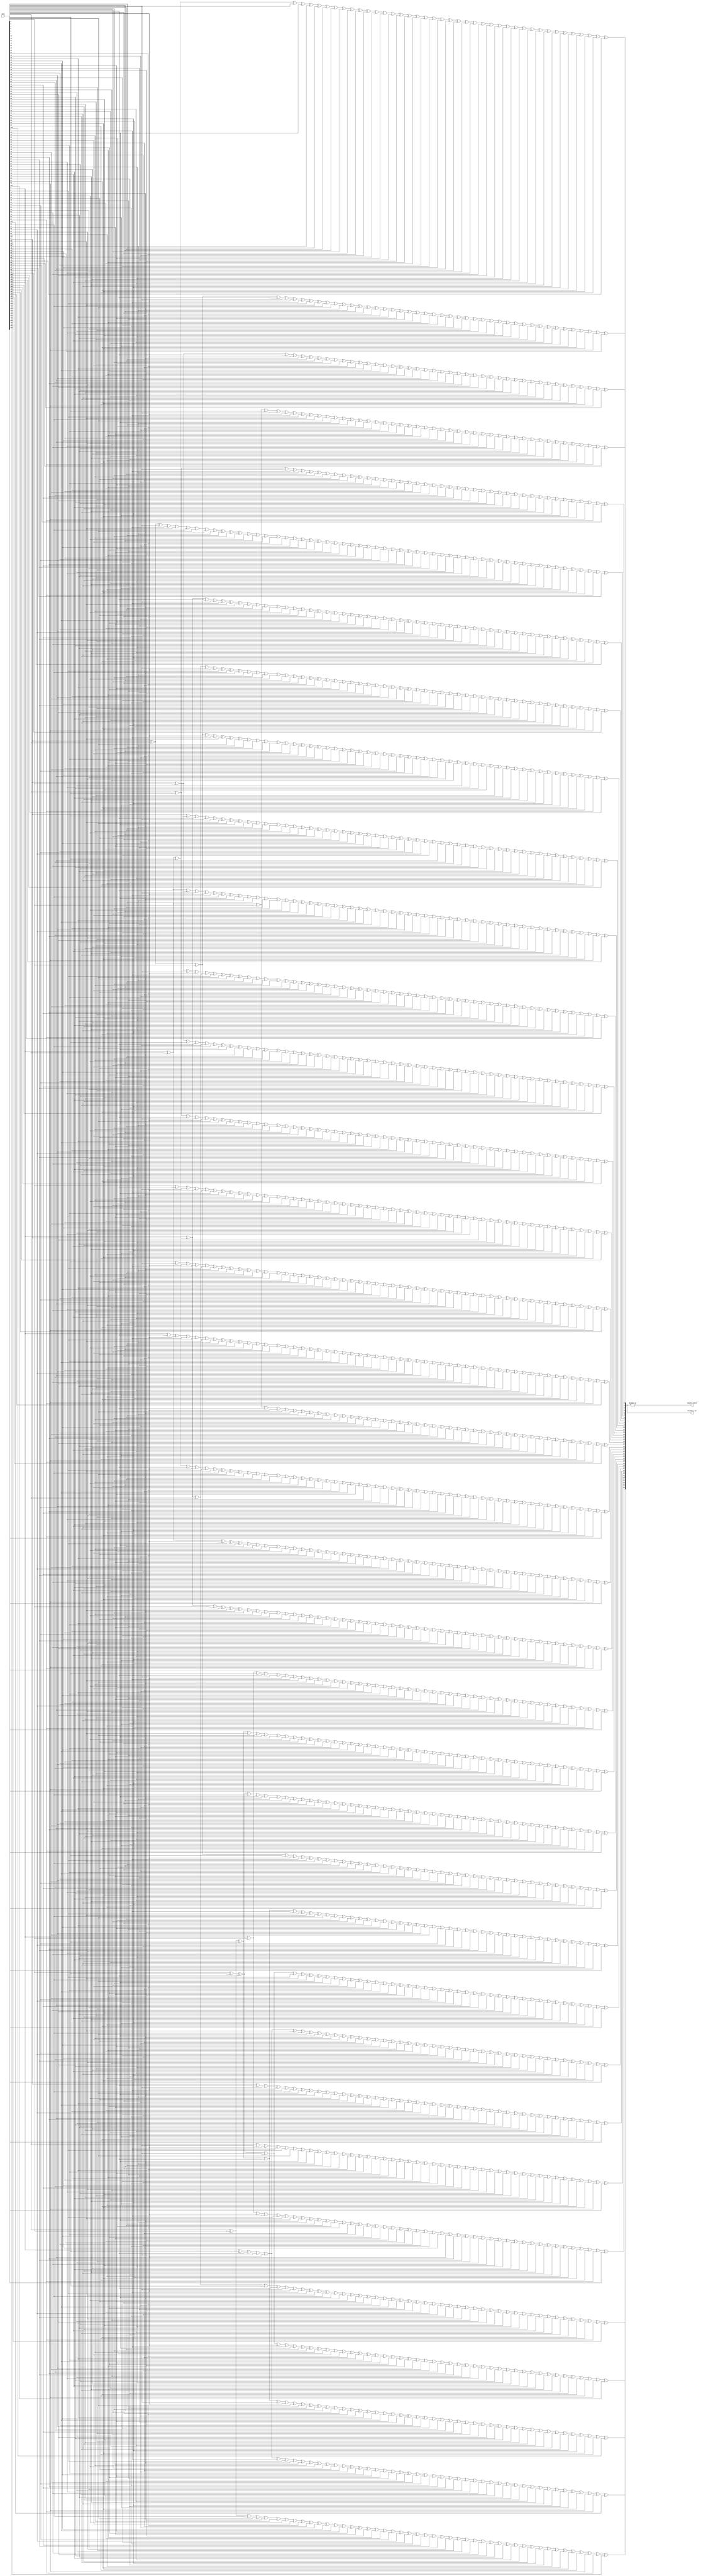
// *!***************************************************************************
// *! Copyright 2019 International Business Machines
// *!
// *! Licensed under the Apache License, Version 2.0 (the "License");
// *! you may not use this file except in compliance with the License.
// *! You may obtain a copy of the License at
// *! http://www.apache.org/licenses/LICENSE-2.0
// *!
// *! The patent license granted to you in Section 3 of the License, as applied
// *! to the "Work," hereby includes implementations of the Work in physical form.
// *!
// *! Unless required by applicable law or agreed to in writing, the reference design
// *! distributed under the License is distributed on an "AS IS" BASIS,
// *! WITHOUT WARRANTIES OR CONDITIONS OF ANY KIND, either express or implied.
// *! See the License for the specific language governing permissions and
// *! limitations under the License.
// *!
// *! The background Specification upon which this is based is managed by and available from
// *! the OpenCAPI Consortium.  More information can be found at https://opencapi.org.
// *!***************************************************************************
 
`timescale 1ns / 1ps



module ocx_dlx_crc16 (  
   data                     // < input  [127:0]
  ,checkbits_out            // > output
  ,nonzero_check            // > output 
);

input   [127:0]    data;
output  [35:0]     checkbits_out;
output             nonzero_check;

wire   [35:0]   temp_checkbits;


assign temp_checkbits[0] = data[1] ^ data[2] ^ data[3] ^ data[5] ^ data[6] ^ data[7] ^ data[8] ^ data[9] ^ data[10] ^ data[11] ^ data[12] ^ data[14] ^ data[15] ^ data[21] ^ data[26] ^ data[27] ^ data[28] ^ data[30] ^ data[34] ^ data[36] ^ data[39] ^ data[40] ^ data[42] ^ data[49] ^ data[51] ^ data[52] ^ data[58] ^ data[60] ^ data[62] ^ data[63] ^ data[66] ^ data[68] ^ data[69] ^ data[70] ^ data[71] ^ data[76] ^ data[77] ^ data[78] ^ data[82] ^ data[84] ^ data[87] ^ data[88] ^ data[90] ^ data[92];

assign temp_checkbits[1] = data[0] ^ data[2] ^ data[3] ^ data[4] ^ data[6] ^ data[7] ^ data[8] ^ data[9] ^ data[10] ^ data[11] ^ data[12] ^ data[13] ^ data[15] ^ data[16] ^ data[22] ^ data[27] ^ data[28] ^ data[29] ^ data[31] ^ data[35] ^ data[37] ^ data[40] ^ data[41] ^ data[43] ^ data[50] ^ data[52] ^ data[53] ^ data[59] ^ data[61] ^ data[63] ^ data[64] ^ data[67] ^ data[69] ^ data[70] ^ data[71] ^ data[72] ^ data[77] ^ data[78] ^ data[79] ^ data[83] ^ data[85] ^ data[88] ^ data[89] ^ data[91] ^ data[93];

assign temp_checkbits[2] = data[0] ^ data[2] ^ data[4] ^ data[6] ^ data[13] ^ data[15] ^ data[16] ^ data[17] ^ data[21] ^ data[23] ^ data[26] ^ data[27] ^ data[29] ^ data[32] ^ data[34] ^ data[38] ^ data[39] ^ data[40] ^ data[41] ^ data[44] ^ data[49] ^ data[52] ^ data[53] ^ data[54] ^ data[58] ^ data[63] ^ data[64] ^ data[65] ^ data[66] ^ data[69] ^ data[72] ^ data[73] ^ data[76] ^ data[77] ^ data[79] ^ data[80] ^ data[82] ^ data[86] ^ data[87] ^ data[88] ^ data[89] ^ data[94];

assign temp_checkbits[3] = data[1] ^ data[3] ^ data[5] ^ data[7] ^ data[14] ^ data[16] ^ data[17] ^ data[18] ^ data[22] ^ data[24] ^ data[27] ^ data[28] ^ data[30] ^ data[33] ^ data[35] ^ data[39] ^ data[40] ^ data[41] ^ data[42] ^ data[45] ^ data[50] ^ data[53] ^ data[54] ^ data[55] ^ data[59] ^ data[64] ^ data[65] ^ data[66] ^ data[67] ^ data[70] ^ data[73] ^ data[74] ^ data[77] ^ data[78] ^ data[80] ^ data[81] ^ data[83] ^ data[87] ^ data[88] ^ data[89] ^ data[90] ^ data[95];

assign temp_checkbits[4] = data[2] ^ data[4] ^ data[6] ^ data[8] ^ data[15] ^ data[17] ^ data[18] ^ data[19] ^ data[23] ^ data[25] ^ data[28] ^ data[29] ^ data[31] ^ data[34] ^ data[36] ^ data[40] ^ data[41] ^ data[42] ^ data[43] ^ data[46] ^ data[51] ^ data[54] ^ data[55] ^ data[56] ^ data[60] ^ data[65] ^ data[66] ^ data[67] ^ data[68] ^ data[71] ^ data[74] ^ data[75] ^ data[78] ^ data[79] ^ data[81] ^ data[82] ^ data[84] ^ data[88] ^ data[89] ^ data[90] ^ data[91] ^ data[96];

assign temp_checkbits[5] = data[1] ^ data[2] ^ data[6] ^ data[8] ^ data[10] ^ data[11] ^ data[12] ^ data[14] ^ data[15] ^ data[16] ^ data[18] ^ data[19] ^ data[20] ^ data[21] ^ data[24] ^ data[27] ^ data[28] ^ data[29] ^ data[32] ^ data[34] ^ data[35] ^ data[36] ^ data[37] ^ data[39] ^ data[40] ^ data[41] ^ data[43] ^ data[44] ^ data[47] ^ data[49] ^ data[51] ^ data[55] ^ data[56] ^ data[57] ^ data[58] ^ data[60] ^ data[61] ^ data[62] ^ data[63] ^ data[67] ^ data[70] ^ data[71] ^ data[72] ^ data[75] ^ data[77] ^ data[78] ^ data[79] ^ data[80] ^ data[83] ^ data[84] ^ data[85] ^ data[87] ^ data[88] ^ data[89] ^ data[91] ^ data[97];

assign temp_checkbits[6] = data[0] ^ data[1] ^ data[5] ^ data[6] ^ data[8] ^ data[10] ^ data[13] ^ data[14] ^ data[16] ^ data[17] ^ data[19] ^ data[20] ^ data[22] ^ data[25] ^ data[26] ^ data[27] ^ data[29] ^ data[33] ^ data[34] ^ data[35] ^ data[37] ^ data[38] ^ data[39] ^ data[41] ^ data[44] ^ data[45] ^ data[48] ^ data[49] ^ data[50] ^ data[51] ^ data[56] ^ data[57] ^ data[59] ^ data[60] ^ data[61] ^ data[64] ^ data[66] ^ data[69] ^ data[70] ^ data[72] ^ data[73] ^ data[77] ^ data[79] ^ data[80] ^ data[81] ^ data[82] ^ data[85] ^ data[86] ^ data[87] ^ data[89] ^ data[98];

assign temp_checkbits[7] = data[0] ^ data[1] ^ data[2] ^ data[6] ^ data[7] ^ data[9] ^ data[11] ^ data[14] ^ data[15] ^ data[17] ^ data[18] ^ data[20] ^ data[21] ^ data[23] ^ data[26] ^ data[27] ^ data[28] ^ data[30] ^ data[34] ^ data[35] ^ data[36] ^ data[38] ^ data[39] ^ data[40] ^ data[42] ^ data[45] ^ data[46] ^ data[49] ^ data[50] ^ data[51] ^ data[52] ^ data[57] ^ data[58] ^ data[60] ^ data[61] ^ data[62] ^ data[65] ^ data[67] ^ data[70] ^ data[71] ^ data[73] ^ data[74] ^ data[78] ^ data[80] ^ data[81] ^ data[82] ^ data[83] ^ data[86] ^ data[87] ^ data[88] ^ data[90] ^ data[99];

assign temp_checkbits[8] = data[1] ^ data[2] ^ data[3] ^ data[7] ^ data[8] ^ data[10] ^ data[12] ^ data[15] ^ data[16] ^ data[18] ^ data[19] ^ data[21] ^ data[22] ^ data[24] ^ data[27] ^ data[28] ^ data[29] ^ data[31] ^ data[35] ^ data[36] ^ data[37] ^ data[39] ^ data[40] ^ data[41] ^ data[43] ^ data[46] ^ data[47] ^ data[50] ^ data[51] ^ data[52] ^ data[53] ^ data[58] ^ data[59] ^ data[61] ^ data[62] ^ data[63] ^ data[66] ^ data[68] ^ data[71] ^ data[72] ^ data[74] ^ data[75] ^ data[79] ^ data[81] ^ data[82] ^ data[83] ^ data[84] ^ data[87] ^ data[88] ^ data[89] ^ data[91] ^ data[100];

assign temp_checkbits[9] = data[1] ^ data[4] ^ data[5] ^ data[6] ^ data[7] ^ data[10] ^ data[12] ^ data[13] ^ data[14] ^ data[15] ^ data[16] ^ data[17] ^ data[19] ^ data[20] ^ data[21] ^ data[22] ^ data[23] ^ data[25] ^ data[26] ^ data[27] ^ data[29] ^ data[32] ^ data[34] ^ data[37] ^ data[38] ^ data[39] ^ data[41] ^ data[44] ^ data[47] ^ data[48] ^ data[49] ^ data[53] ^ data[54] ^ data[58] ^ data[59] ^ data[64] ^ data[66] ^ data[67] ^ data[68] ^ data[70] ^ data[71] ^ data[72] ^ data[73] ^ data[75] ^ data[77] ^ data[78] ^ data[80] ^ data[83] ^ data[85] ^ data[87] ^ data[89] ^ data[101];

assign temp_checkbits[10] = data[0] ^ data[2] ^ data[5] ^ data[6] ^ data[7] ^ data[8] ^ data[11] ^ data[13] ^ data[14] ^ data[15] ^ data[16] ^ data[17] ^ data[18] ^ data[20] ^ data[21] ^ data[22] ^ data[23] ^ data[24] ^ data[26] ^ data[27] ^ data[28] ^ data[30] ^ data[33] ^ data[35] ^ data[38] ^ data[39] ^ data[40] ^ data[42] ^ data[45] ^ data[48] ^ data[49] ^ data[50] ^ data[54] ^ data[55] ^ data[59] ^ data[60] ^ data[65] ^ data[67] ^ data[68] ^ data[69] ^ data[71] ^ data[72] ^ data[73] ^ data[74] ^ data[76] ^ data[78] ^ data[79] ^ data[81] ^ data[84] ^ data[86] ^ data[88] ^ data[90] ^ data[102];

assign temp_checkbits[11] = data[1] ^ data[3] ^ data[6] ^ data[7] ^ data[8] ^ data[9] ^ data[12] ^ data[14] ^ data[15] ^ data[16] ^ data[17] ^ data[18] ^ data[19] ^ data[21] ^ data[22] ^ data[23] ^ data[24] ^ data[25] ^ data[27] ^ data[28] ^ data[29] ^ data[31] ^ data[34] ^ data[36] ^ data[39] ^ data[40] ^ data[41] ^ data[43] ^ data[46] ^ data[49] ^ data[50] ^ data[51] ^ data[55] ^ data[56] ^ data[60] ^ data[61] ^ data[66] ^ data[68] ^ data[69] ^ data[70] ^ data[72] ^ data[73] ^ data[74] ^ data[75] ^ data[77] ^ data[79] ^ data[80] ^ data[82] ^ data[85] ^ data[87] ^ data[89] ^ data[91] ^ data[103];

assign temp_checkbits[12] = data[1] ^ data[3] ^ data[4] ^ data[5] ^ data[6] ^ data[11] ^ data[12] ^ data[13] ^ data[14] ^ data[16] ^ data[17] ^ data[18] ^ data[19] ^ data[20] ^ data[21] ^ data[22] ^ data[23] ^ data[24] ^ data[25] ^ data[27] ^ data[29] ^ data[32] ^ data[34] ^ data[35] ^ data[36] ^ data[37] ^ data[39] ^ data[41] ^ data[44] ^ data[47] ^ data[49] ^ data[50] ^ data[56] ^ data[57] ^ data[58] ^ data[60] ^ data[61] ^ data[63] ^ data[66] ^ data[67] ^ data[68] ^ data[73] ^ data[74] ^ data[75] ^ data[77] ^ data[80] ^ data[81] ^ data[82] ^ data[83] ^ data[84] ^ data[86] ^ data[87] ^ data[104];

assign temp_checkbits[13] = data[2] ^ data[4] ^ data[5] ^ data[6] ^ data[7] ^ data[12] ^ data[13] ^ data[14] ^ data[15] ^ data[17] ^ data[18] ^ data[19] ^ data[20] ^ data[21] ^ data[22] ^ data[23] ^ data[24] ^ data[25] ^ data[26] ^ data[28] ^ data[30] ^ data[33] ^ data[35] ^ data[36] ^ data[37] ^ data[38] ^ data[40] ^ data[42] ^ data[45] ^ data[48] ^ data[50] ^ data[51] ^ data[57] ^ data[58] ^ data[59] ^ data[61] ^ data[62] ^ data[64] ^ data[67] ^ data[68] ^ data[69] ^ data[74] ^ data[75] ^ data[76] ^ data[78] ^ data[81] ^ data[82] ^ data[83] ^ data[84] ^ data[85] ^ data[87] ^ data[88] ^ data[105];

assign temp_checkbits[14] = data[3] ^ data[5] ^ data[6] ^ data[7] ^ data[8] ^ data[13] ^ data[14] ^ data[15] ^ data[16] ^ data[18] ^ data[19] ^ data[20] ^ data[21] ^ data[22] ^ data[23] ^ data[24] ^ data[25] ^ data[26] ^ data[27] ^ data[29] ^ data[31] ^ data[34] ^ data[36] ^ data[37] ^ data[38] ^ data[39] ^ data[41] ^ data[43] ^ data[46] ^ data[49] ^ data[51] ^ data[52] ^ data[58] ^ data[59] ^ data[60] ^ data[62] ^ data[63] ^ data[65] ^ data[68] ^ data[69] ^ data[70] ^ data[75] ^ data[76] ^ data[77] ^ data[79] ^ data[82] ^ data[83] ^ data[84] ^ data[85] ^ data[86] ^ data[88] ^ data[89] ^ data[106];

assign temp_checkbits[15] = data[4] ^ data[6] ^ data[7] ^ data[8] ^ data[9] ^ data[14] ^ data[15] ^ data[16] ^ data[17] ^ data[19] ^ data[20] ^ data[21] ^ data[22] ^ data[23] ^ data[24] ^ data[25] ^ data[26] ^ data[27] ^ data[28] ^ data[30] ^ data[32] ^ data[35] ^ data[37] ^ data[38] ^ data[39] ^ data[40] ^ data[42] ^ data[44] ^ data[47] ^ data[50] ^ data[52] ^ data[53] ^ data[59] ^ data[60] ^ data[61] ^ data[63] ^ data[64] ^ data[66] ^ data[69] ^ data[70] ^ data[71] ^ data[76] ^ data[77] ^ data[78] ^ data[80] ^ data[83] ^ data[84] ^ data[85] ^ data[86] ^ data[87] ^ data[89] ^ data[90] ^ data[107];

assign temp_checkbits[16] = data[0] ^ data[5] ^ data[7] ^ data[8] ^ data[9] ^ data[10] ^ data[15] ^ data[16] ^ data[17] ^ data[18] ^ data[20] ^ data[21] ^ data[22] ^ data[23] ^ data[24] ^ data[25] ^ data[26] ^ data[27] ^ data[28] ^ data[29] ^ data[31] ^ data[33] ^ data[36] ^ data[38] ^ data[39] ^ data[40] ^ data[41] ^ data[43] ^ data[45] ^ data[48] ^ data[51] ^ data[53] ^ data[54] ^ data[60] ^ data[61] ^ data[62] ^ data[64] ^ data[65] ^ data[67] ^ data[70] ^ data[71] ^ data[72] ^ data[77] ^ data[78] ^ data[79] ^ data[81] ^ data[84] ^ data[85] ^ data[86] ^ data[87] ^ data[88] ^ data[90] ^ data[91] ^ data[108];

assign temp_checkbits[17] = data[0] ^ data[2] ^ data[3] ^ data[5] ^ data[7] ^ data[12] ^ data[14] ^ data[15] ^ data[16] ^ data[17] ^ data[18] ^ data[19] ^ data[22] ^ data[23] ^ data[24] ^ data[25] ^ data[29] ^ data[32] ^ data[36] ^ data[37] ^ data[41] ^ data[44] ^ data[46] ^ data[51] ^ data[54] ^ data[55] ^ data[58] ^ data[60] ^ data[61] ^ data[65] ^ data[69] ^ data[70] ^ data[72] ^ data[73] ^ data[76] ^ data[77] ^ data[79] ^ data[80] ^ data[84] ^ data[85] ^ data[86] ^ data[89] ^ data[90] ^ data[91] ^ data[109];

assign temp_checkbits[18] = data[0] ^ data[2] ^ data[4] ^ data[5] ^ data[7] ^ data[9] ^ data[10] ^ data[11] ^ data[12] ^ data[13] ^ data[14] ^ data[16] ^ data[17] ^ data[18] ^ data[19] ^ data[20] ^ data[21] ^ data[23] ^ data[24] ^ data[25] ^ data[27] ^ data[28] ^ data[33] ^ data[34] ^ data[36] ^ data[37] ^ data[38] ^ data[39] ^ data[40] ^ data[45] ^ data[47] ^ data[49] ^ data[51] ^ data[55] ^ data[56] ^ data[58] ^ data[59] ^ data[60] ^ data[61] ^ data[63] ^ data[68] ^ data[69] ^ data[73] ^ data[74] ^ data[76] ^ data[80] ^ data[81] ^ data[82] ^ data[84] ^ data[85] ^ data[86] ^ data[88] ^ data[91] ^ data[110];

assign temp_checkbits[19] = data[0] ^ data[2] ^ data[7] ^ data[9] ^ data[13] ^ data[17] ^ data[18] ^ data[19] ^ data[20] ^ data[22] ^ data[24] ^ data[25] ^ data[27] ^ data[29] ^ data[30] ^ data[35] ^ data[36] ^ data[37] ^ data[38] ^ data[41] ^ data[42] ^ data[46] ^ data[48] ^ data[49] ^ data[50] ^ data[51] ^ data[56] ^ data[57] ^ data[58] ^ data[59] ^ data[61] ^ data[63] ^ data[64] ^ data[66] ^ data[68] ^ data[71] ^ data[74] ^ data[75] ^ data[76] ^ data[78] ^ data[81] ^ data[83] ^ data[84] ^ data[85] ^ data[86] ^ data[88] ^ data[89] ^ data[90] ^ data[111];

assign temp_checkbits[20] = data[0] ^ data[1] ^ data[3] ^ data[8] ^ data[10] ^ data[14] ^ data[18] ^ data[19] ^ data[20] ^ data[21] ^ data[23] ^ data[25] ^ data[26] ^ data[28] ^ data[30] ^ data[31] ^ data[36] ^ data[37] ^ data[38] ^ data[39] ^ data[42] ^ data[43] ^ data[47] ^ data[49] ^ data[50] ^ data[51] ^ data[52] ^ data[57] ^ data[58] ^ data[59] ^ data[60] ^ data[62] ^ data[64] ^ data[65] ^ data[67] ^ data[69] ^ data[72] ^ data[75] ^ data[76] ^ data[77] ^ data[79] ^ data[82] ^ data[84] ^ data[85] ^ data[86] ^ data[87] ^ data[89] ^ data[90] ^ data[91] ^ data[112];

assign temp_checkbits[21] = data[0] ^ data[3] ^ data[4] ^ data[5] ^ data[6] ^ data[7] ^ data[8] ^ data[10] ^ data[12] ^ data[14] ^ data[19] ^ data[20] ^ data[22] ^ data[24] ^ data[28] ^ data[29] ^ data[30] ^ data[31] ^ data[32] ^ data[34] ^ data[36] ^ data[37] ^ data[38] ^ data[42] ^ data[43] ^ data[44] ^ data[48] ^ data[49] ^ data[50] ^ data[53] ^ data[59] ^ data[61] ^ data[62] ^ data[65] ^ data[69] ^ data[71] ^ data[73] ^ data[80] ^ data[82] ^ data[83] ^ data[84] ^ data[85] ^ data[86] ^ data[91] ^ data[113];

assign temp_checkbits[22] = data[2] ^ data[3] ^ data[4] ^ data[10] ^ data[12] ^ data[13] ^ data[14] ^ data[20] ^ data[23] ^ data[25] ^ data[26] ^ data[27] ^ data[28] ^ data[29] ^ data[31] ^ data[32] ^ data[33] ^ data[34] ^ data[35] ^ data[36] ^ data[37] ^ data[38] ^ data[40] ^ data[42] ^ data[43] ^ data[44] ^ data[45] ^ data[50] ^ data[52] ^ data[54] ^ data[58] ^ data[68] ^ data[69] ^ data[71] ^ data[72] ^ data[74] ^ data[76] ^ data[77] ^ data[78] ^ data[81] ^ data[82] ^ data[83] ^ data[85] ^ data[86] ^ data[88] ^ data[90] ^ data[114];

assign temp_checkbits[23] = data[3] ^ data[4] ^ data[5] ^ data[11] ^ data[13] ^ data[14] ^ data[15] ^ data[21] ^ data[24] ^ data[26] ^ data[27] ^ data[28] ^ data[29] ^ data[30] ^ data[32] ^ data[33] ^ data[34] ^ data[35] ^ data[36] ^ data[37] ^ data[38] ^ data[39] ^ data[41] ^ data[43] ^ data[44] ^ data[45] ^ data[46] ^ data[51] ^ data[53] ^ data[55] ^ data[59] ^ data[69] ^ data[70] ^ data[72] ^ data[73] ^ data[75] ^ data[77] ^ data[78] ^ data[79] ^ data[82] ^ data[83] ^ data[84] ^ data[86] ^ data[87] ^ data[89] ^ data[91] ^ data[115];

assign temp_checkbits[24] = data[1] ^ data[2] ^ data[3] ^ data[4] ^ data[7] ^ data[8] ^ data[9] ^ data[10] ^ data[11] ^ data[16] ^ data[21] ^ data[22] ^ data[25] ^ data[26] ^ data[29] ^ data[31] ^ data[33] ^ data[35] ^ data[37] ^ data[38] ^ data[44] ^ data[45] ^ data[46] ^ data[47] ^ data[49] ^ data[51] ^ data[54] ^ data[56] ^ data[58] ^ data[62] ^ data[63] ^ data[66] ^ data[68] ^ data[69] ^ data[73] ^ data[74] ^ data[77] ^ data[79] ^ data[80] ^ data[82] ^ data[83] ^ data[85] ^ data[116];

assign temp_checkbits[25] = data[2] ^ data[3] ^ data[4] ^ data[5] ^ data[8] ^ data[9] ^ data[10] ^ data[11] ^ data[12] ^ data[17] ^ data[22] ^ data[23] ^ data[26] ^ data[27] ^ data[30] ^ data[32] ^ data[34] ^ data[36] ^ data[38] ^ data[39] ^ data[45] ^ data[46] ^ data[47] ^ data[48] ^ data[50] ^ data[52] ^ data[55] ^ data[57] ^ data[59] ^ data[63] ^ data[64] ^ data[67] ^ data[69] ^ data[70] ^ data[74] ^ data[75] ^ data[78] ^ data[80] ^ data[81] ^ data[83] ^ data[84] ^ data[86] ^ data[117];

assign temp_checkbits[26] = data[3] ^ data[4] ^ data[5] ^ data[6] ^ data[9] ^ data[10] ^ data[11] ^ data[12] ^ data[13] ^ data[18] ^ data[23] ^ data[24] ^ data[27] ^ data[28] ^ data[31] ^ data[33] ^ data[35] ^ data[37] ^ data[39] ^ data[40] ^ data[46] ^ data[47] ^ data[48] ^ data[49] ^ data[51] ^ data[53] ^ data[56] ^ data[58] ^ data[60] ^ data[64] ^ data[65] ^ data[68] ^ data[70] ^ data[71] ^ data[75] ^ data[76] ^ data[79] ^ data[81] ^ data[82] ^ data[84] ^ data[85] ^ data[87] ^ data[118];

assign temp_checkbits[27] = data[0] ^ data[4] ^ data[5] ^ data[6] ^ data[7] ^ data[10] ^ data[11] ^ data[12] ^ data[13] ^ data[14] ^ data[19] ^ data[24] ^ data[25] ^ data[28] ^ data[29] ^ data[32] ^ data[34] ^ data[36] ^ data[38] ^ data[40] ^ data[41] ^ data[47] ^ data[48] ^ data[49] ^ data[50] ^ data[52] ^ data[54] ^ data[57] ^ data[59] ^ data[61] ^ data[65] ^ data[66] ^ data[69] ^ data[71] ^ data[72] ^ data[76] ^ data[77] ^ data[80] ^ data[82] ^ data[83] ^ data[85] ^ data[86] ^ data[88] ^ data[119];

assign temp_checkbits[28] = data[1] ^ data[5] ^ data[6] ^ data[7] ^ data[8] ^ data[11] ^ data[12] ^ data[13] ^ data[14] ^ data[15] ^ data[20] ^ data[25] ^ data[26] ^ data[29] ^ data[30] ^ data[33] ^ data[35] ^ data[37] ^ data[39] ^ data[41] ^ data[42] ^ data[48] ^ data[49] ^ data[50] ^ data[51] ^ data[53] ^ data[55] ^ data[58] ^ data[60] ^ data[62] ^ data[66] ^ data[67] ^ data[70] ^ data[72] ^ data[73] ^ data[77] ^ data[78] ^ data[81] ^ data[83] ^ data[84] ^ data[86] ^ data[87] ^ data[89] ^ data[120];

assign temp_checkbits[29] = data[2] ^ data[6] ^ data[7] ^ data[8] ^ data[9] ^ data[12] ^ data[13] ^ data[14] ^ data[15] ^ data[16] ^ data[21] ^ data[26] ^ data[27] ^ data[30] ^ data[31] ^ data[34] ^ data[36] ^ data[38] ^ data[40] ^ data[42] ^ data[43] ^ data[49] ^ data[50] ^ data[51] ^ data[52] ^ data[54] ^ data[56] ^ data[59] ^ data[61] ^ data[63] ^ data[67] ^ data[68] ^ data[71] ^ data[73] ^ data[74] ^ data[78] ^ data[79] ^ data[82] ^ data[84] ^ data[85] ^ data[87] ^ data[88] ^ data[90] ^ data[121];

assign temp_checkbits[30] = data[0] ^ data[3] ^ data[7] ^ data[8] ^ data[9] ^ data[10] ^ data[13] ^ data[14] ^ data[15] ^ data[16] ^ data[17] ^ data[22] ^ data[27] ^ data[28] ^ data[31] ^ data[32] ^ data[35] ^ data[37] ^ data[39] ^ data[41] ^ data[43] ^ data[44] ^ data[50] ^ data[51] ^ data[52] ^ data[53] ^ data[55] ^ data[57] ^ data[60] ^ data[62] ^ data[64] ^ data[68] ^ data[69] ^ data[72] ^ data[74] ^ data[75] ^ data[79] ^ data[80] ^ data[83] ^ data[85] ^ data[86] ^ data[88] ^ data[89] ^ data[91] ^ data[122];

assign temp_checkbits[31] = data[2] ^ data[3] ^ data[4] ^ data[5] ^ data[6] ^ data[7] ^ data[12] ^ data[16] ^ data[17] ^ data[18] ^ data[21] ^ data[23] ^ data[26] ^ data[27] ^ data[29] ^ data[30] ^ data[32] ^ data[33] ^ data[34] ^ data[38] ^ data[39] ^ data[44] ^ data[45] ^ data[49] ^ data[53] ^ data[54] ^ data[56] ^ data[60] ^ data[61] ^ data[62] ^ data[65] ^ data[66] ^ data[68] ^ data[71] ^ data[73] ^ data[75] ^ data[77] ^ data[78] ^ data[80] ^ data[81] ^ data[82] ^ data[86] ^ data[88] ^ data[89] ^ data[123];

assign temp_checkbits[32] = data[3] ^ data[4] ^ data[5] ^ data[6] ^ data[7] ^ data[8] ^ data[13] ^ data[17] ^ data[18] ^ data[19] ^ data[22] ^ data[24] ^ data[27] ^ data[28] ^ data[30] ^ data[31] ^ data[33] ^ data[34] ^ data[35] ^ data[39] ^ data[40] ^ data[45] ^ data[46] ^ data[50] ^ data[54] ^ data[55] ^ data[57] ^ data[61] ^ data[62] ^ data[63] ^ data[66] ^ data[67] ^ data[69] ^ data[72] ^ data[74] ^ data[76] ^ data[78] ^ data[79] ^ data[81] ^ data[82] ^ data[83] ^ data[87] ^ data[89] ^ data[90] ^ data[124];

assign temp_checkbits[33] = data[0] ^ data[4] ^ data[5] ^ data[6] ^ data[7] ^ data[8] ^ data[9] ^ data[14] ^ data[18] ^ data[19] ^ data[20] ^ data[23] ^ data[25] ^ data[28] ^ data[29] ^ data[31] ^ data[32] ^ data[34] ^ data[35] ^ data[36] ^ data[40] ^ data[41] ^ data[46] ^ data[47] ^ data[51] ^ data[55] ^ data[56] ^ data[58] ^ data[62] ^ data[63] ^ data[64] ^ data[67] ^ data[68] ^ data[70] ^ data[73] ^ data[75] ^ data[77] ^ data[79] ^ data[80] ^ data[82] ^ data[83] ^ data[84] ^ data[88] ^ data[90] ^ data[91] ^ data[125];

assign temp_checkbits[34] = data[2] ^ data[3] ^ data[11] ^ data[12] ^ data[14] ^ data[19] ^ data[20] ^ data[24] ^ data[27] ^ data[28] ^ data[29] ^ data[32] ^ data[33] ^ data[34] ^ data[35] ^ data[37] ^ data[39] ^ data[40] ^ data[41] ^ data[47] ^ data[48] ^ data[49] ^ data[51] ^ data[56] ^ data[57] ^ data[58] ^ data[59] ^ data[60] ^ data[62] ^ data[64] ^ data[65] ^ data[66] ^ data[70] ^ data[74] ^ data[77] ^ data[80] ^ data[81] ^ data[82] ^ data[83] ^ data[85] ^ data[87] ^ data[88] ^ data[89] ^ data[90] ^ data[91] ^ data[126];

assign temp_checkbits[35] = data[0] ^ data[1] ^ data[2] ^ data[4] ^ data[5] ^ data[6] ^ data[7] ^ data[8] ^ data[9] ^ data[10] ^ data[11] ^ data[13] ^ data[14] ^ data[20] ^ data[25] ^ data[26] ^ data[27] ^ data[29] ^ data[33] ^ data[35] ^ data[38] ^ data[39] ^ data[41] ^ data[48] ^ data[50] ^ data[51] ^ data[57] ^ data[59] ^ data[61] ^ data[62] ^ data[65] ^ data[67] ^ data[68] ^ data[69] ^ data[70] ^ data[75] ^ data[76] ^ data[77] ^ data[81] ^ data[83] ^ data[86] ^ data[87] ^ data[89] ^ data[91] ^ data[127];


assign checkbits_out[35:0] = temp_checkbits[35:0];
assign nonzero_check       = |(temp_checkbits[35:0]);

endmodule